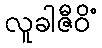
လူခါဇီဝိံ